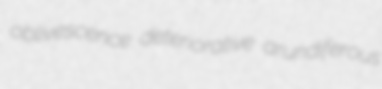
oblivescence deteriorative arundiferous